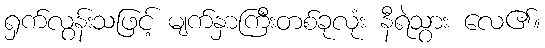
ရှက်လွန်းသဖြင့် မျက်နှာကြီးတစ်ခုလုံး နီရဲသွား လေ၏။